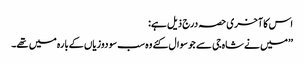
اس کا آخری حصہ درج ذیل ہے:
’’میں نے شاہ جی سے جو سوال کئے وہ سب سو دوزیاں کےبارہ میں تھے۔